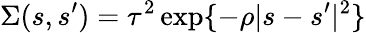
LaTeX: \Sigma(s,s^{\prime})=\tau^{2}\exp\{ -\rho|s-s^{\prime}|^{2}\}